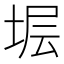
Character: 𱖷